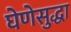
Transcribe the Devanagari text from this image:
घेणेसुद्धा